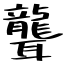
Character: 聾